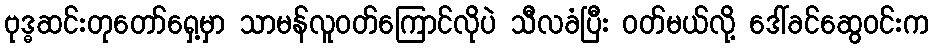
ဗုဒ္ဓဆင်းတုတော်ရှေ့မှာ သာမန်လူဝတ်ကြောင်လိုပဲ သီလခံပြီး ဝတ်မယ်လို့ ဒေါ်ခင်ဆွေဝင်းက